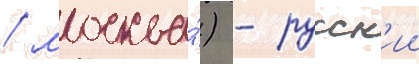
/ москва́) - русск'ии